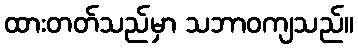
ထားတတ်သည်မှာ သဘာဝကျသည်။